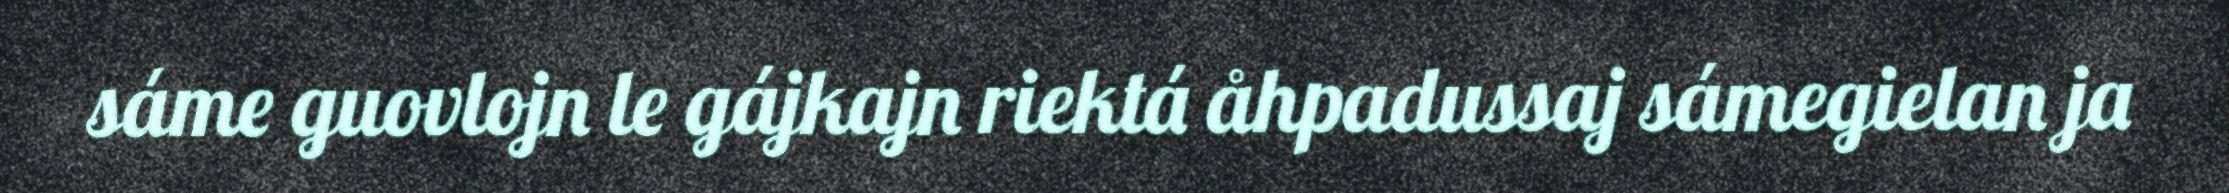
sáme guovlojn le gájkajn riektá åhpadussaj sámegielan ja